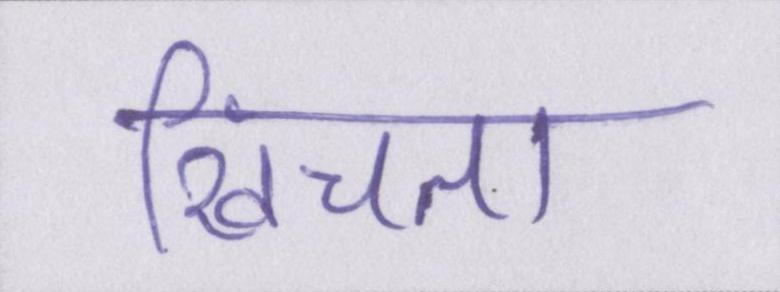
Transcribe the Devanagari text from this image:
खिंचता